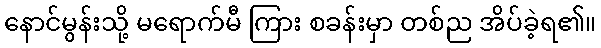
နောင်မွန်းသို့ မရောက်မီ ကြား စခန်းမှာ တစ်ည အိပ်ခဲ့ရ၏။